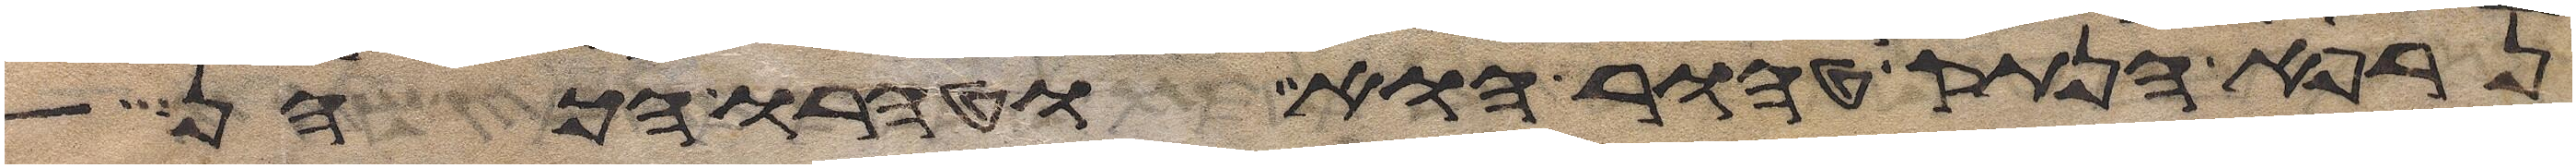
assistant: נרפא הנתק טהור הוא וטהרו הכהן